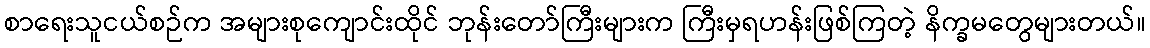
စာရေးသူငယ်စဉ်က အများစုကျောင်းထိုင် ဘုန်းတော်ကြီးများက ကြီးမှရဟန်းဖြစ်ကြတဲ့ နိက္ခမတွေများတယ်။